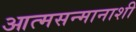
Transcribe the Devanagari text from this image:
आत्मसन्मानाशी